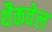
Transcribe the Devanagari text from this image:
थैकवेल